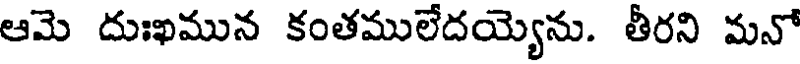
ఆమె దుఃఖమున కంతములేదయ్యెను. తీరని మనో